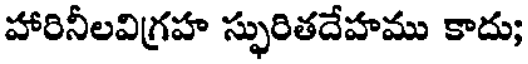
హారినీలవిగ్రహ స్ఫురితదేహము కాదు;